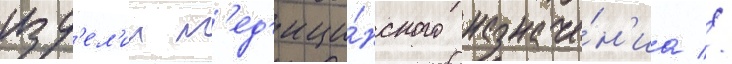
изд'ел'ии м'ед'ици́нского назначе́н'иа //